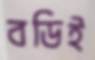
বডিই